Civil Veterinary Department Bihar & Orissa reports 1929-36 - 1929-1936
Year: 1929
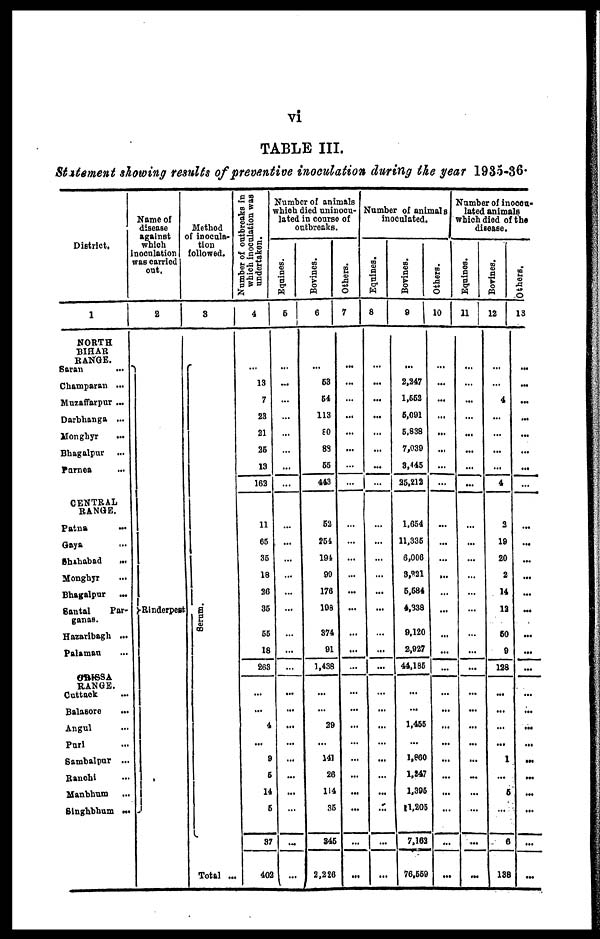
vi
TABLE III.
Statement
showing results of preventive
inoculation
during
the year
1935-36.
District.
1
NORTH
BIHAR
RANGE.
Saran
...
Champaran ...
Muzaffarpur ...
Darbhanga ...
Monghyr ...
Bhagalpur ...
Purnea ...
CENTRAL
RANGE.
Patna
...
Gaya ...
Shahabad
...
Monghyr ...
Bhagalpur ...
Santal
Par-
ganas.
Hazaribagh ...
Palamau ...
ORISSA
RANGE.
Cattack
...
Balasore ...
Angul ...
Purl ...
Sambalpur ...
Banchi ...
Manbhum ...
Singhbhum ...
Name of
disease
against
which
nocniation
was carried
out.
2
Rinderpest
Method
of inoculs-
tion
followed.
3
Se r
um.
Total ...
Number of outbreaks in
which inoculation was
undertaken.
4
...
13
7
23
21
26
13
162
11
65
36
18
20
35
66
18
263
...
...
4
...
9
6
14
6
37
402
Number of animals
which died uninocu-
lated in course of
outbreaks.
Equines.
5
...
...
...
...
...
...
...
...
...
...
...
...
...
...
...
...
...
...
...
...
...
...
...
...
...
...
...
Bovines.
6
...
63
64
113
80
88
65
443
62
254
194
90
176
198
374
91
1,438
...
...
29
...
141
26
114
36
345
2,226
Others.
7
...
...
...
...
...
...
...
...
...
...
...
...
...
...
...
...
...
...
...
...
...
...
...
...
...
...
Number of animals
inoculated.
Equines.
8
...
...
...
...
...
...
...
...
...
...
...
...
...
...
...
...
...
...
...
...
...
...
...
...
...
...
...
Bovines.
9
...
2,247
1,552
5,091
5,838
7,030
8,445
25,212
1,654
11,336
6,006
8,221
6,684
4,338
9,120
2,927
44,185
...
...
1,455
1,860
1,247
1,395
1,205
7,163
76,559
Others.
10
...
...
...
...
...
...
...
...
...
...
...
...
...
...
...
...
...
...
...
...
...
...
...
...
...
...
...
Number of inocon-
lated animals
which died of the
disease.
Equines.
11
...
...
...
...
...
...
...
...
...
...
...
...
...
...
...
...
...
...
...
...
...
...
...
...
...
...
...
Bovines.
12
...
...
4
...
...
...
...
4
3
19
20
2
14
12
60
9
128
...
...
...
...
1
...
6
...
6
138
Others.
13
...
...
...
...
...
...
...
...
...
...
...
...
...
...
...
...
...
...
...
...
...
...
...
...
...
...
...